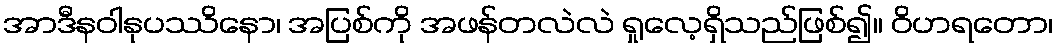
အာဒီနဝါနုပဿိနော၊ အပြစ်ကို အဖန်တလဲလဲ ရှုလေ့ရှိသည်ဖြစ်၍။ ဝိဟရတော၊